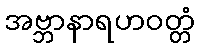
အဗ္ဘာနာရဟဝတ္တံ